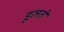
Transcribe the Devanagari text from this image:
डुलतो